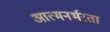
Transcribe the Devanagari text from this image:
आत्मनर्भरता